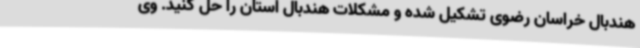
هندبال خراسان رضوی تشکیل شده و مشکلات هندبال استان را حل کنید. وی